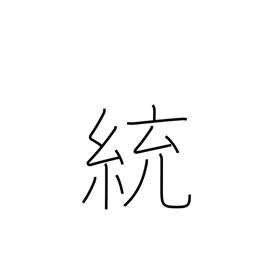
Meaning: governing